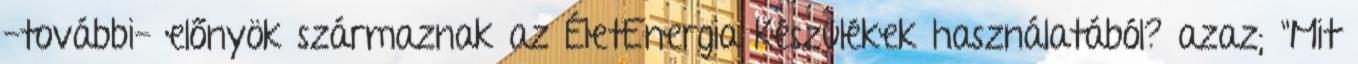
-további- előnyök származnak az ÉletEnergia Készülékek használatából? azaz; "Mit